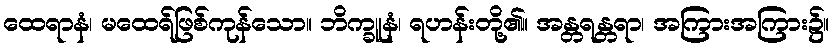
ထေရာနံ၊ မထေရ်ဖြစ်ကုန်သော။ ဘိက္ခူနံ၊ ရဟန်းတို့၏။ အန္တရန္တရာ၊ အကြားအကြား၌။